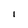
Character: 1